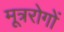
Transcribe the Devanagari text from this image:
मूत्ररोगों